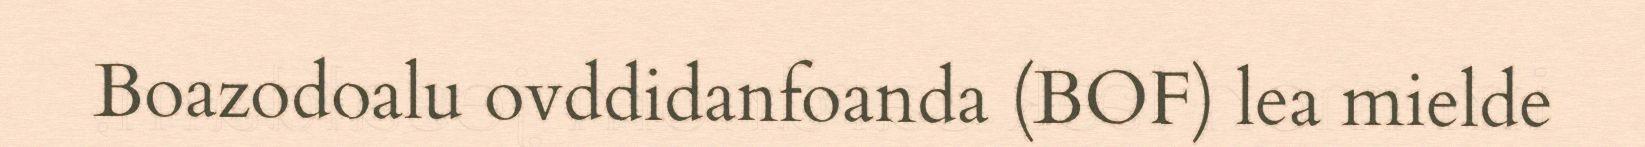
Boazodoalu ovddidanfoanda (BOF) lea mielde